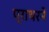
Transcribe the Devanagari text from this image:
प्राथरने